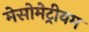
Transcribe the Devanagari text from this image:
मेसोमेट्रीयम